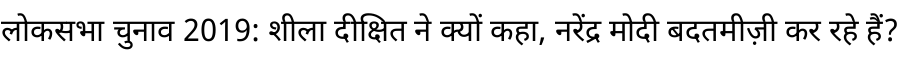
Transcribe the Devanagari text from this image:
लोकसभा चुनाव 2019: शीला दीक्षित ने क्यों कहा, नरेंद्र मोदी बदतमीज़ी कर रहे हैं?